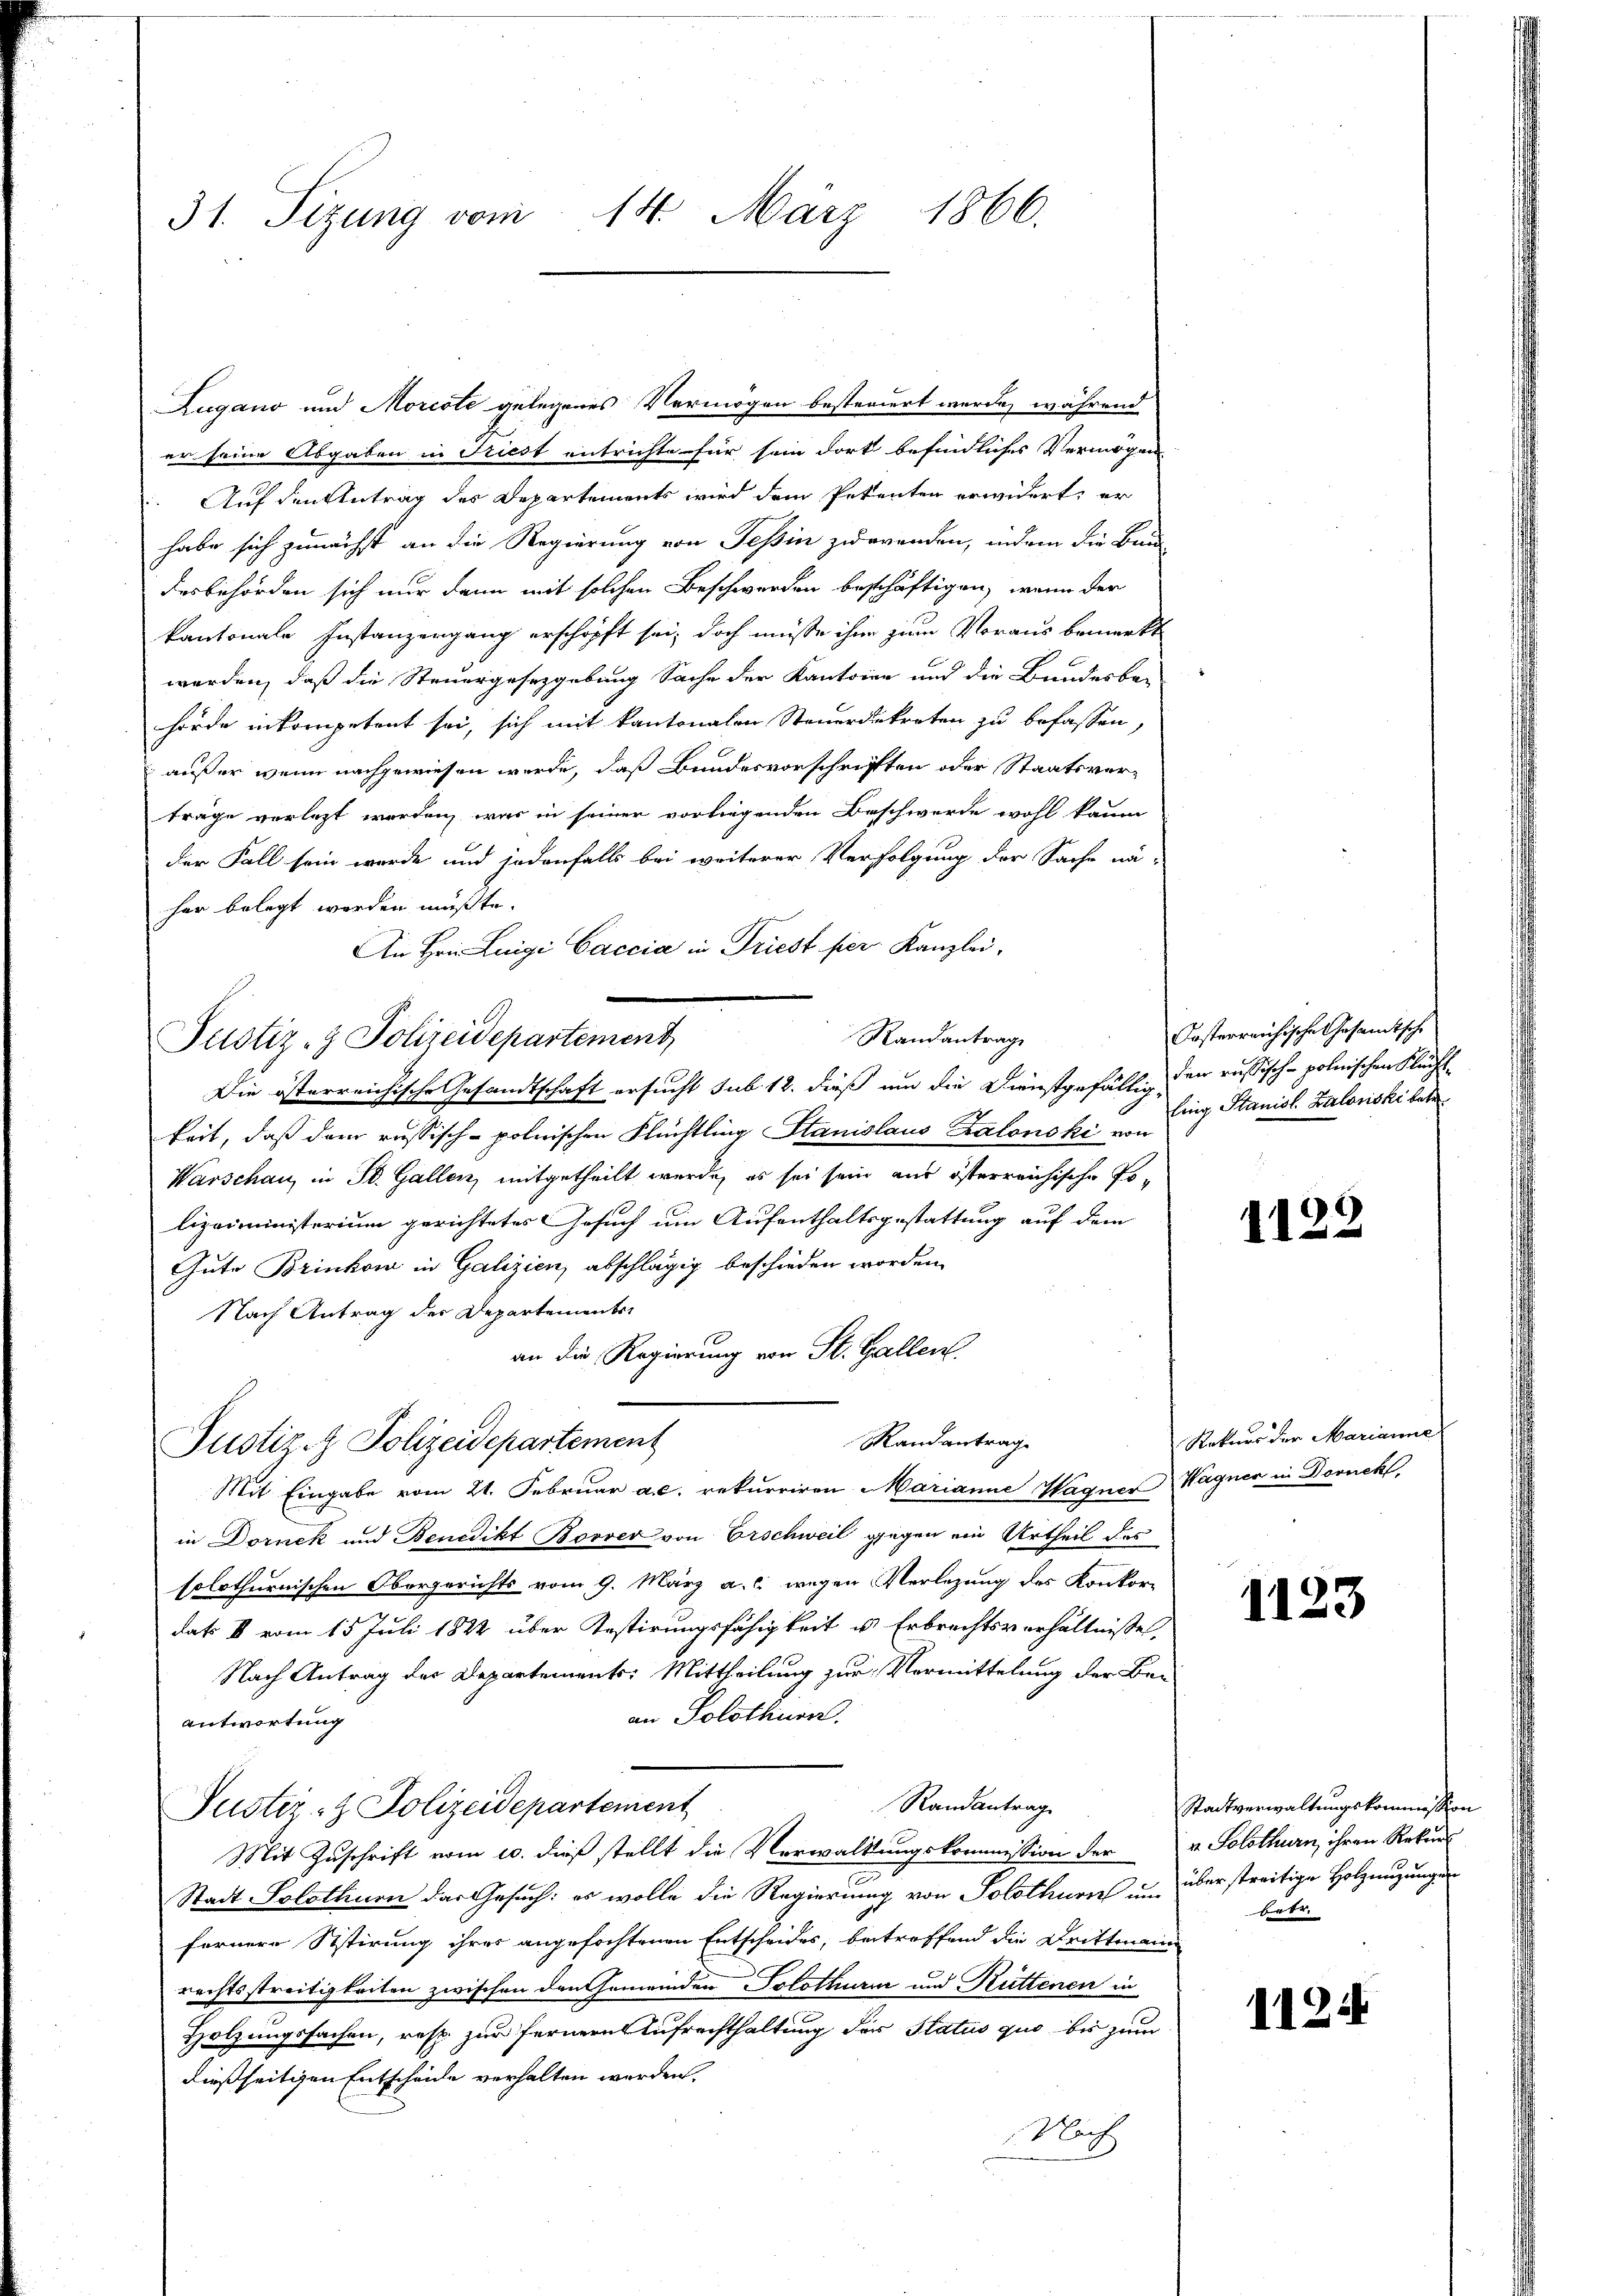
31. Sizung vom 14. März 1866.

Zugano und Morcote gelegenes Vermögen besteriert werde, während
er seine Abgaben in Friest entrichte für sein dort befindliches Vermögen
 Auf den Antrag des Departements wird dem Petenten erwidert, er
habe sich zunächst an die Regierung von Tessin zuwenden, indem die Bun
desbehörden sich nur dann mit solchen Beschwerden beschäftigen, wenn der
kantonale Instanzengang erschrift sei, doch müsse ihre zum Voraus bemerkt
werden, daß die Steuergesetzgebung Sache der Kantonen und die Bundesbe-
hörde inkompetent sei, sich mit kantonalen Steuerdekreten zu befassen,
außer wenn nachgewiesen werde, daß Bundesvorschriften oder Staatsver-
träge verletzt werden, was in seiner vorliegenden Beschwerde wohl kaum
der Fall sein werde und jedenfalls bei weiterer Verfolgung der Sache nä-
her belegt worden müßte.
An Hrn. Luigi Caccia in Triest hier Kanzlei,
Randantrage
Die österreichische Gesandtschaft ersucht sub. 12. dieß um die Dienstgefällig der russisch-polnischen Flüchtkeit, daß dem russisch-polnischen Flüchtling Stanislaus Kalonski von
Warschau, in St. Gallen, mitgetheilt werde, es sei sein aus österreichische Polizeiministerium gerichtetes Gesuch um Aufenthaltsgestattung auf dem
Gute Brinken in Galizien, abschlägig beschieden worden.
Nach Antrag des Departementri
an die Regierung von St. Gallen
Randantrag
Justiz- & Polizeidepartement
Mit Eingabe vom 21. Februar a.c. rekurriren Marianne Wagner Wagner in Dornckt,
in Dornek und Benedikt Borver von Erschweil gegen ein Urtheil des
solothurnischen Obergerichts vom 9. März a. c. wegen Verlegung des Konkordat II vom 15. Juli 1822 über Testirungsfähigkeit u. Erbrechtsverhältnisse
Nach Antrag der Departements: Mittheilung zur Vormittelung der Be-
an Solothurn.
Antwortung
Randantrag
Justiz- & Polizeidepartement
Mit Zuschrift vom 10. dieß stellt die Verwaltungskommission der u. Solothurn, ihren Rekurs
n
Stadt Solothurn das Gesuch: es wolle die Regierung von Solothurn um
fernere Sistirung ihres angefochtenen Entscheides, betreffend die Drittmann
rechtsstreitigkeiten zwischen den Gemeinden Solothurn und Rüttenen in
Holzungssachen, resp. zur fernern Aufrechthaltung der Status quo bis zum
dießseitigen Entscheide verhalten werden.
Nach

Justiz- & Polizeidepartement

Orsterreichische Gesandtsche
ling Stanist. Zalorski betr.

1122

Rekurs der Marianne

1123

Stadtverwaltungskommission
überstreitige Holzmigungen
betr.

1124